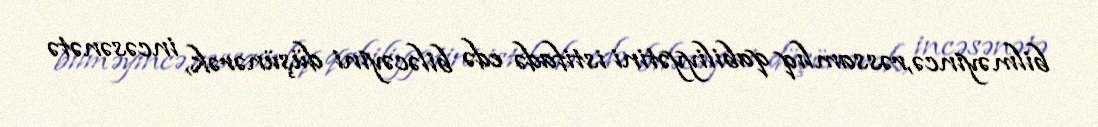
bilməyincə,rəssamlıq qabiliyyətini istifadə edə biləcəyini düşünərək, incəsənətə